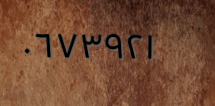
٠٦٧٣٩٢١